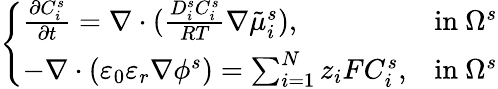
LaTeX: \left\{ \begin{array}{ll}{\frac{\partial C_{i}^{s}}{\partial t}=\nabla\cdot(\frac{D_{i}^{s}C_{i}^{s}}{RT}\nabla\tilde{\mu}_{i}^{s}),}&{\mathrm{in~}\Omega^{s}}\\ {-\nabla\cdot(\varepsilon_{0}\varepsilon_{r}\nabla\phi^{s})=\sum_{i=1}^{N}z_{i}FC_{i}^{s},}&{\mathrm{in~}\Omega^{s}}\end{array}\right.